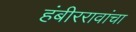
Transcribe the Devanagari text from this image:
हंबीररावांचा